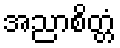
အညာစိတ္တံ